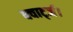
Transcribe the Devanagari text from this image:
क्वार्ट्ज।